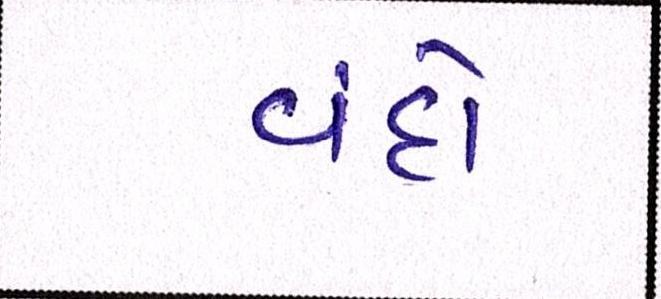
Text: વંદો